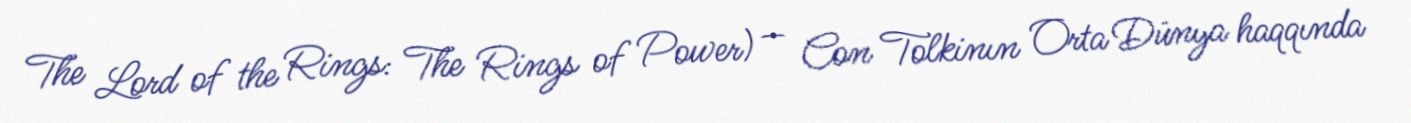
The Lord of the Rings: The Rings of Power) — Con Tolkinın Orta Dünya haqqında